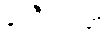
နရဝီရကတံ